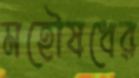
মহৌষধের